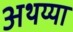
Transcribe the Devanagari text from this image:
अथय्या